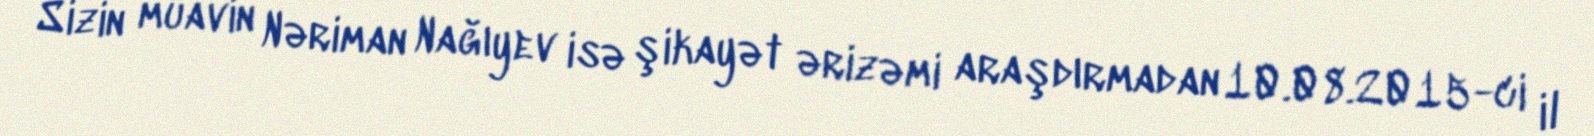
Sizin müavin Nəriman Nağıyev isə şikayət ərizəmi araşdırmadan 10.08.2015-ci il